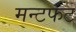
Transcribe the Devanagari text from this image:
मन्टफट